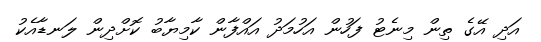
އަދި އޭގެ ތިން މިނެޓު ފަހުން އަހުމަދު އައްފާން ކާމިޔާބު ކޮށްދިން ލަނޑާއެކު